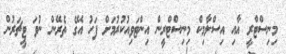
މިނިސްޓްރީ އާއި އިސްލާމިކް މިނިސްޓްރީން އިންޓަވިއުކުރުމަށް ފަހު އޭގެ ތެރޭން ނުވަ ޓީޗަރުން